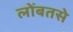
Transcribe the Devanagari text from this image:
लोंबतसे